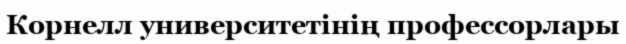
Корнелл университетінің профессорлары